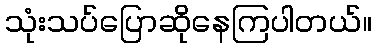
သုံးသပ်ပြောဆိုနေကြပါတယ်။